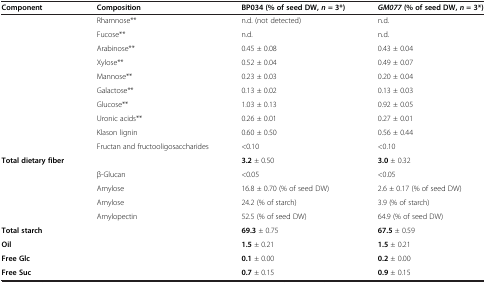
| Component | Composition | BP034 (% of seed DW, n = 3*) | GM077 (% of seed DW, n = 3*) |
 | --- | --- | --- | --- |
 | <ROWSPAN=10>  | Rhamnose** | n.d. (not detected) | n.d. |
 | Fucose** | n.d. | n.d. |
 | Arabinose** | 0.45 ± 0.08 | 0.43 ± 0.04 |
 | Xylose** | 0.52 ± 0.04 | 0.49 ± 0.07 |
 | Mannose** | 0.23 ± 0.03 | 0.20 ± 0.04 |
 | Galactose** | 0.13 ± 0.02 | 0.13 ± 0.03 |
 | Glucose** | 1.03 ± 0.13 | 0.92 ± 0.05 |
 | Uronic acids** | 0.26 ± 0.01 | 0.27 ± 0.01 |
 | Klason lignin | 0.60 ± 0.50 | 0.56 ± 0.44 |
 | Fructan and fructooligosaccharides | <0.10 | <0.10 |
 | <ROWSPAN=5> Total dietary fiber |  | 3.2 ± 0.50 | 3.0 ± 0.32 |
 | β-Glucan | <0.05 | <0.05 |
 | Amylose | 16.8 ± 0.70 (% of seed DW) | 2.6 ± 0.17 (% of seed DW) |
 | Amylose | 24.2 (% of starch) | 3.9 (% of starch) |
 | Amylopectin | 52.5 (% of seed DW) | 64.9 (% of seed DW) |
 | Total starch |  | 69.3 ± 0.75 | 67.5 ± 0.59 |
 | Oil |  | 1.5 ± 0.21 | 1.5 ± 0.21 |
 | Free Glc |  | 0.1 ± 0.00 | 0.2 ± 0.00 |
 | Free Suc |  | 0.7 ± 0.15 | 0.9 ± 0.15 |